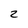
Character: 2